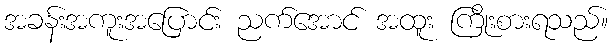
အခန်းအကူးအပြောင်း ညက်အောင် အထူး ကြိုးစားရသည်။